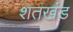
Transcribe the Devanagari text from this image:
शतखंड